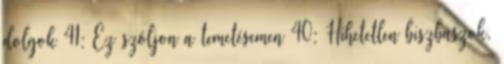
dolgok 41: Ez szóljon a temetésemen 40: Hihetetlen biszbaszok,